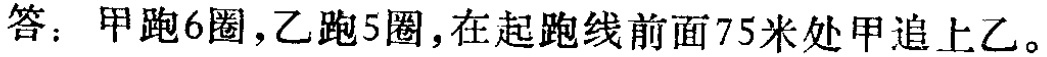
答：甲跑6圈，乙跑5圈，在起跑线前面75米处甲追上乙。